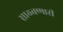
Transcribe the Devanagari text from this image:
साठवणारी